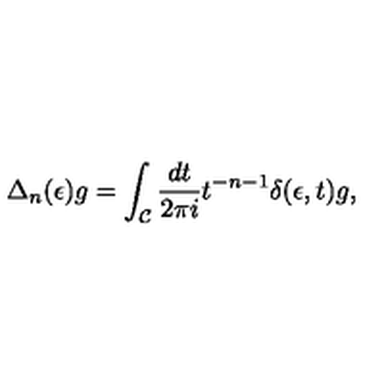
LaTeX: \Delta _ { n } ( \epsilon ) g = \int _ { \cal C } { \frac { d t } { 2 \pi i } } t ^ { - n - 1 } \delta ( \epsilon , t ) g ,